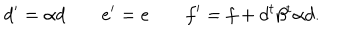
d ^ { \prime } = \alpha d \; e ^ { \prime } = e \; f ^ { \prime } = f + d ^ { t } \beta ^ { t } \alpha d .